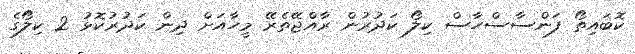
ކޮބައިތޯ ފަންސާސްހާސް ކިލޯ ކަދުރުން ރާއްޖޭތެރޭ މީހާއަށް ދިން ކަދުރުކޮޅު 2 ކިލޯގެ